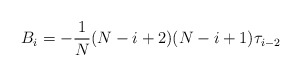
\begin{align*}B_i = - \frac 1N (N-i+2)(N-i+1) \tau_{i-2}\end{align*}